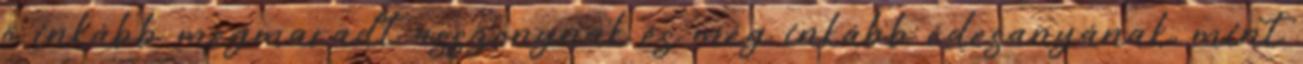
ő inkább megmaradt asszonynak és még inkább édesanyának, mint